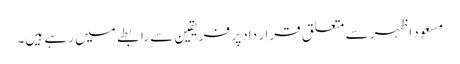
مسعود اظہر سے متعلق قرار داد پر فریقین سے رابطے میں رہے ہیں۔